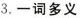
3.一词多义